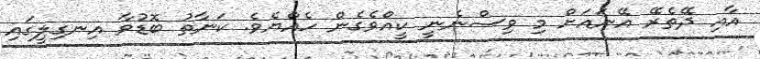
އާއި ދޭތެރޭ އޭނައަށް މި ވިސްނެނީ ކީއްވެގެން ހެއްޔެވެ. ކަނާތު ބޮޑުވާ އިނގިލީގައި